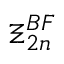
\boldsymbol { \Xi } _ { 2 n } ^ { B F }